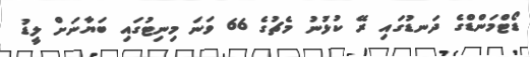
ޑޯޓްމަންޑްގެ ދަނޑުގައި ރޭ ކުޅުނު މެޗުގެ 66 ވަނަ މިނިޓުގައި ބަޔާނަށް ލީޑު